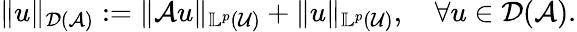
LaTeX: \Vert u\Vert_{\mathcal{D}(\mathcal{A})}:=\Vert\mathcal{A}u\Vert_{\mathbb{L}^{p}(\mathcal{U})}+\Vert u\Vert_{\mathbb{L}^{p}(\mathcal{U})},\quad\forall u\in\mathcal{D}(\mathcal{A}).